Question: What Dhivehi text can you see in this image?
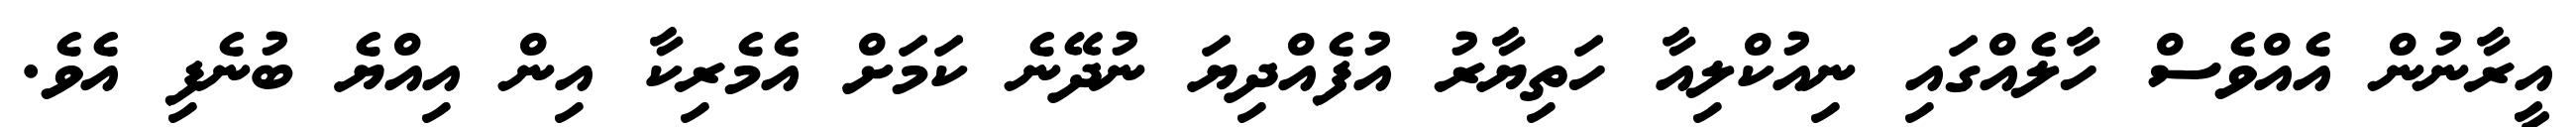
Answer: އީރާނުން އެއްވެސް ހާލެއްގައި ނިއުކްލިއާ ހަތިޔާރު އުފެއްދިޔަ ނުދޭނެ ކަމަށް އެމެރިކާ އިން އިއްޔެ ބުނެފި އެވެ.